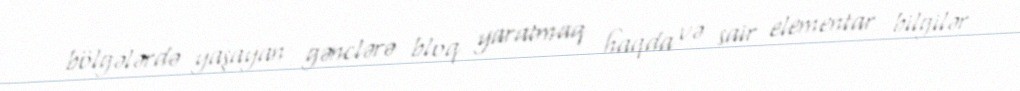
bölgələrdə yaşayan gənclərə bloq yaratmaq haqda və sair elementar bilgilər